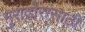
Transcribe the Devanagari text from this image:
गुराढोरांसाठी